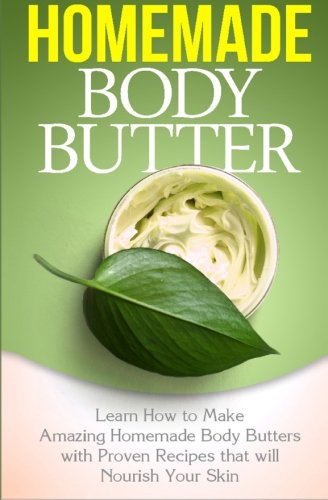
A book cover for Homemade Body Butter: Learn How to Make Amazing Homemade Body Butters With Proven Recipes That Nourish Your Skin (Volume 1); Tatyana Williams; Crafts, Hobbies & Home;